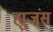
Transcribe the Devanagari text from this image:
ह्युजंस